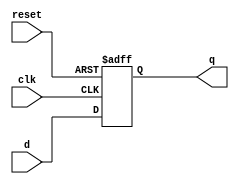
module d_flip_flop (
    input wire clk,
    input wire reset,
    input wire d,
    output reg q
);

always @(posedge clk or posedge reset) begin
    if (reset) begin
        q <= 1'b0;   // Reset to specific value
    end else begin
        q <= d;   // Transfer D input to output on each clock pulse
    end
end

endmodule